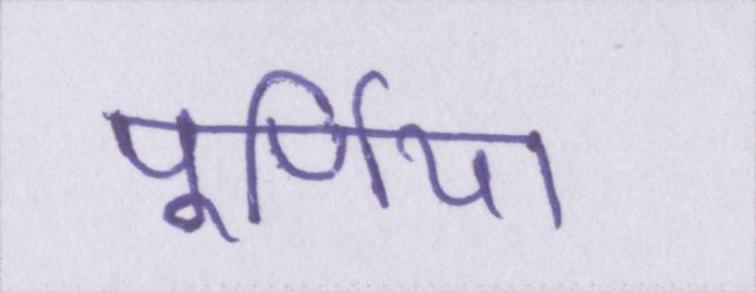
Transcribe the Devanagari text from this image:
पूर्णिया